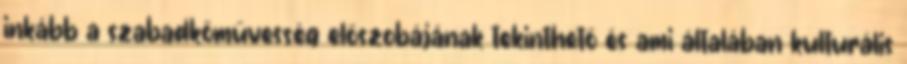
inkább a szabadkőművesség előszobájának tekinthető és ami általában kulturális